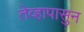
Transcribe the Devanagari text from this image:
तेव्हापासुन